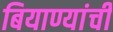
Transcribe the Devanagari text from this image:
बियाण्यांची